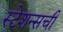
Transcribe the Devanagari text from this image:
स्टेशन्सची